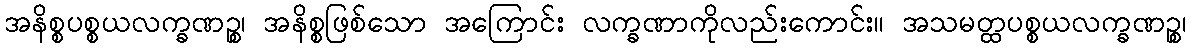
အနိစ္စပစ္စယလက္ခဏဉ္စ၊ အနိစ္စဖြစ်သော အကြောင်း လက္ခဏာကိုလည်းကောင်း။ အသမတ္ထပစ္စယလက္ခဏဉ္စ၊